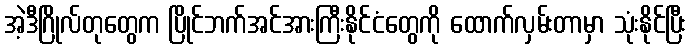
အဲ့ဒီဂြိုလ်တုတွေက ပြိုင်ဘက်အင်အားကြီးနိုင်ငံတွေကို ထောက်လှမ်းတာမှာ သုံးနိုင်ပြီး